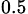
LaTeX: _{0.5}